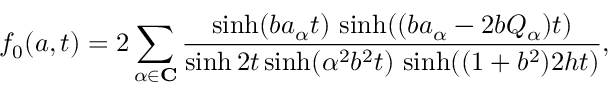
f _ { 0 } ( a , t ) = 2 \sum _ { \alpha \in \mathbf { C } } \frac { \sinh ( b a _ { \alpha } t ) \, \sinh ( ( b a _ { \alpha } - 2 b Q _ { \alpha } ) t ) } { \sinh 2 t \sinh ( \alpha ^ { 2 } b ^ { 2 } t ) \, \sinh ( ( 1 + b ^ { 2 } ) 2 h t ) } ,